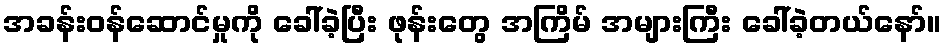
အခန်းဝန်ဆောင်မှုကို ခေါ်ခဲ့ပြီး ဖုန်းတွေ အကြိမ် အများကြီး ခေါ်ခဲ့တယ်နော်။